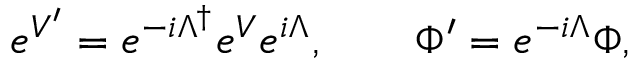
e ^ { V ^ { \prime } } = e ^ { - i \Lambda ^ { \dagger } } e ^ { V } e ^ { i \Lambda } , \qquad \Phi ^ { \prime } = e ^ { - i \Lambda } \Phi ,